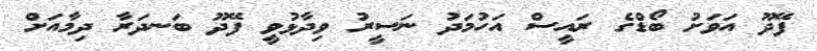
ފޭދޫ އަވަށު ބޯޑްގެ ރައީސް އަހުމަދު ނަސީރު ވިދާޅުވީ ފޭދޫ ބަނދަރާ ދިމާއަށް